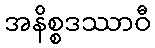
အနိစ္စဒဿာဝီ